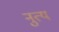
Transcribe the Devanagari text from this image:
नुत्य